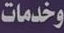
وخدمات